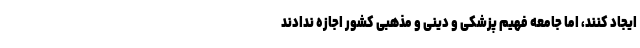
ایجاد کنند، اما جامعه فهیم پزشکی و دینی و مذهبی کشور اجازه ندادند